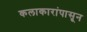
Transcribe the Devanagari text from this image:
कलाकारांपासून